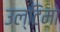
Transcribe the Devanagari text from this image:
उल्टिमो